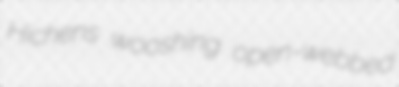
Hichens wooshing open-webbed